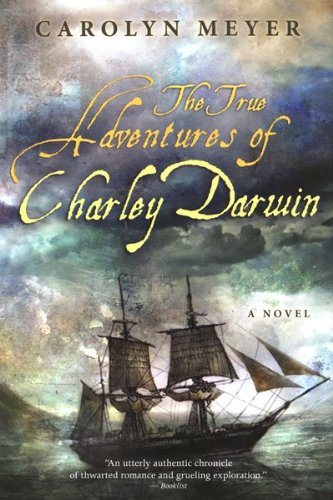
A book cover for The True Adventures of Charley Darwin; Carolyn Meyer; Teen & Young Adult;